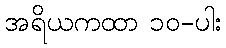
အရိယကထာ ၁၀-ပါး